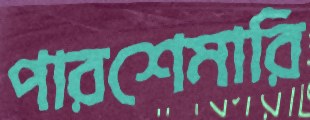
পারশেমারি